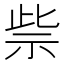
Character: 祡